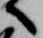
へ